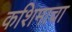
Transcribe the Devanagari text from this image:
कशिमाचा